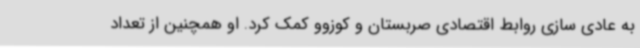
به عادی سازی روابط اقتصادی صربستان و کوزوو کمک کرد. او همچنین از تعداد